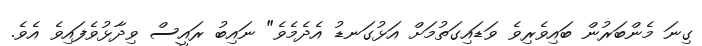
ގިނަ މެންބަރުން ބައިވެރިވެ ވަޑައިގަތުމަށް އަޅުގަނޑު އެދެމެވެ" ނައިބު ރައީސް ވިދާޅުވެފައިވެ އެވެ.